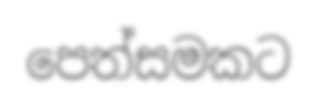
පෙත්සමකට